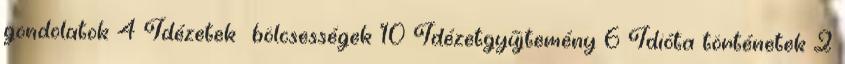
gondolatok 4 Idézetek bölcsességek 10 Idézetgyűjtemény 6 Idióta történetek 2